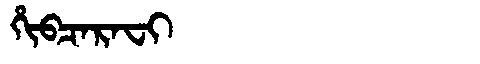
Manchu: ᡥᡳᠪᠴᠠᡵᠠᠸᡳ
Romanization: HIBCARAFI